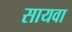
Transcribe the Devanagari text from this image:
सायवा